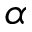
\alpha